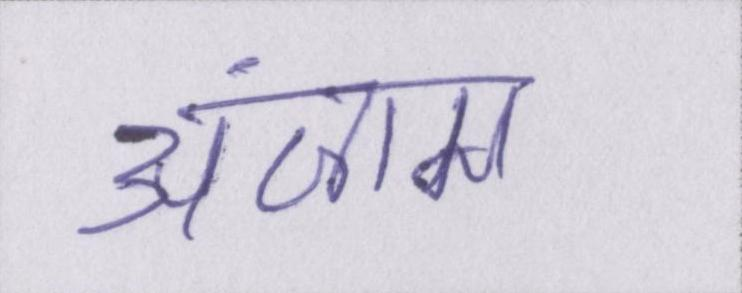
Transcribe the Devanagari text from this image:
अंजाम